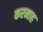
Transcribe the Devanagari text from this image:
करनाह